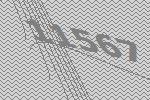
11567